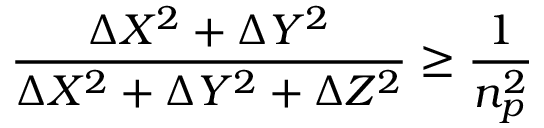
\frac { \Delta { X } ^ { 2 } + \Delta { Y } ^ { 2 } } { \Delta { X } ^ { 2 } + \Delta { Y } ^ { 2 } + \Delta { Z } ^ { 2 } } \ge \frac { 1 } { n _ { p } ^ { 2 } }